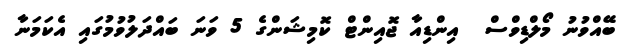
ބޭއްވުނު މޯލްޑިވްސް  އިންޑިއާ ޖޮއިންޓް ކޮމިޝަންގެ 5 ވަނަ ބައްދަލުވުމުގައި އެކަމަނާ